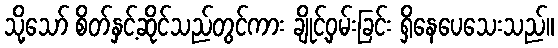
သို့သော် စိတ်နှင့်ဆိုင်သည်တွင်ကား ချိုင့်ဝှမ်းခြင်း ရှိနေပေသေးသည်။